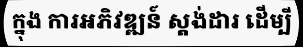
ក្នុង ការអភិវឌ្ឍន៍ ស្តង់ដារ ដើម្បី